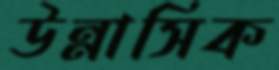
উন্নাসিক